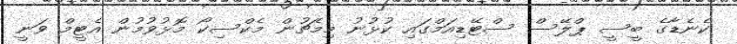
ކެނެޑާގެ ބީސީ ޕްލޭސް ސްޓޭޑިއަމްގައި ކުޅުނު މިމެޗުން މެކްސިކޯ މޮޅުވުމުން އެޓީމް ވަނީ